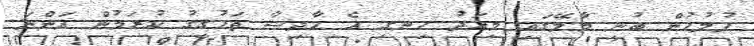
ފުލުހުން ބުނީ މާލޭގައި މިއަދު ހިނގި އެ ހާދިސާ ތަހުގީގު ކުރަމުން އަންނަ